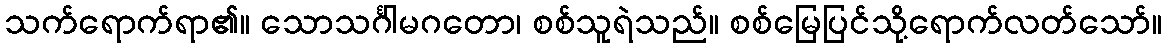
သက်ရောက်ရာ၏။ သောသင်္ဂါမဂတော၊ စစ်သူရဲသည်။ စစ်မြေပြင်သို့ရောက်လတ်သော်။